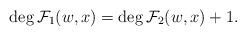
LaTeX: \begin{align*} \deg \mathcal{F}_1(w, x) = \deg \mathcal{F}_2(w, x) + 1 . \end{align*}